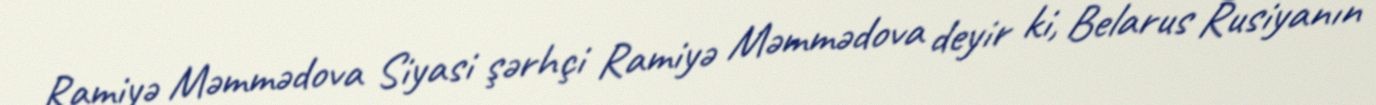
Ramiyə Məmmədova Siyasi şərhçi Ramiyə Məmmədova deyir ki, Belarus Rusiyanın